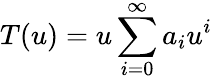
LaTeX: T(u)=u\sum_{i=0}^{\infty}a_{i}u^{i}